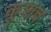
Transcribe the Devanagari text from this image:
कुशव